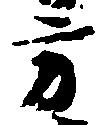
方